Lunatic asylums Central Provinces reports 1910-1926 - 1910-1926
Year: 1910
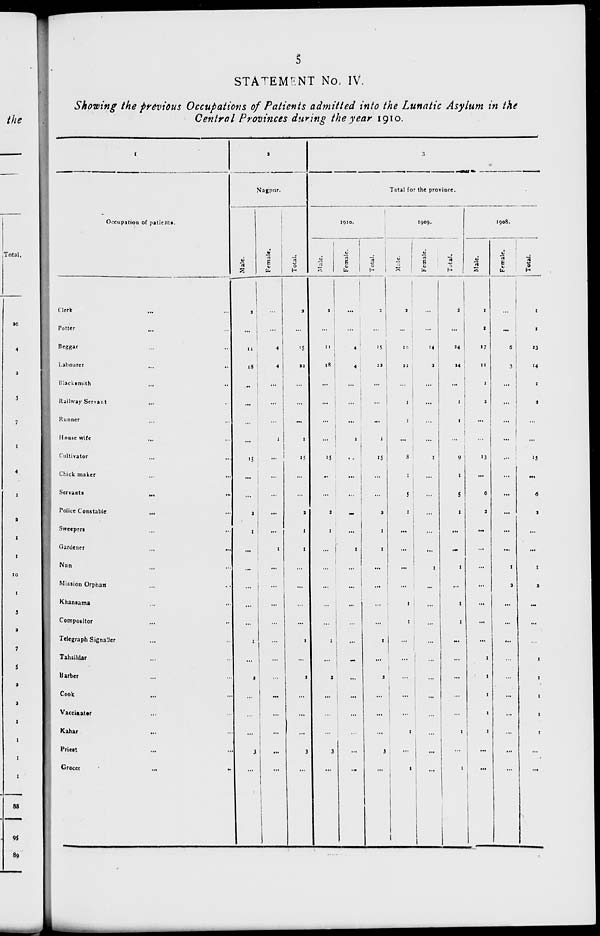
5
STATEMENT No. IV.
Showing the previous Occupations of Patients admitted into the Lunatic Asylum in the
Central Provinces during the year 1910.
1
Occupation of patients.
Clerk ... ...
Potter ... ...
Beggar ... ...
Labourer ... ...
Blacksmith ... ...
Railway Servant ... ...
Runner ... ...
House wife ... ...
Cultivator ... ...
Chick maker ... ...
Servants
...
...
Police Constable ... ...
Sweepers ... ...
Gardener
...
...
Nun ... ...
Mission Orphan ... ...
Khansama ... ...
Compositor ... ...
Telegraph Signaller ... ...
Tahsildar ... ...
Barber ... ...
Cook ... ...
Vaccieater ... ...
Kahar ... ...
Priest ... ...
Grocer ... ...
2
Nagpur.
Male.
2
...
11
18
...
...
...
...
15
...
...
2
1
...
...
...
...
...
1
...
2
...
...
...
3
...
Female.
...
...
4
4
...
...
...
1
...
...
...
...
...
1
...
...
...
...
...
...
...
...
...
...
...
...
Total.
2
...
15
22
...
...
...
1
15
...
...
2
1
1
...
...
...
...
1
...
2
...
...
...
3
...
3
Total for the province.
1910.
Male.
2
...
11
18
...
...
...
...
15
...
...
2
1
...
...
...
...
...
1
...
2
...
...
...
3
...
Female.
...
...
4
4
...
...
...
1
...
...
...
...
...
1
...
...
...
...
...
...
...
...
...
...
...
...
Total.
2
...
15
22
...
...
...
1
15
...
...
2
1
1
...
...
...
...
1
...
2
...
...
...
3
...
1909.
Male.
2
...
10
22
...
1
1
...
8
1
5
1
...
...
...
...
1
1
...
...
...
...
...
1
...
1
Female.
...
...
14
2
...
...
...
...
1
...
...
...
...
...
1
...
...
...
...
...
...
...
...
...
...
...
Total.
2
...
24
24
...
1
1
...
9
1
5
1
...
...
1
...
1
1
...
...
...
...
...
1
...
1
1908.
Male.
1
1
17
11
1
2
...
...
13
...
6
2
...
...
...
...
...
...
...
1
1
1
1
1
...
...
Female.
...
...
6
3
...
...
...
...
...
...
...
...
...
...
1
2
...
...
...
...
...
...
...
...
...
...
Total.
1
1
23
14
1
2
...
...
13
...
6
2
...
...
1
2
...
...
...
1
1
1
1
1
...
...